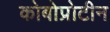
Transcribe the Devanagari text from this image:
कोबोप्रोटीन